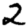
Digit: 2